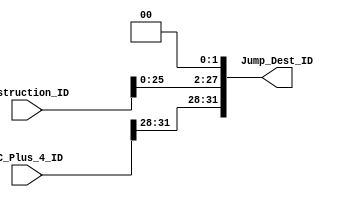
// ID_Jump  calculates the jump destination based on Instruction_ID and PC_Plus_4_ID.

module ID_Jump(
		input [31:0]  		Instruction_ID,
		input [31:0]	   PC_Plus_4_ID,
		
		output[31:0] 		Jump_Dest_ID
		);
	
   assign Jump_Dest_ID = {{PC_Plus_4_ID[31:28]},{Instruction_ID[27:0] << 2}};

endmodule // IF_PC_Mux